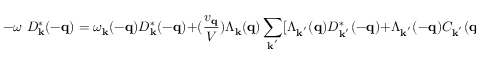
- \omega \mathrm { ~ } D _ { { \bf { k } } } ^ { * } ( - { \bf { q } } ) = \omega _ { { \bf { k } } } ( - { \bf { q } } ) D _ { { \bf { k } } } ^ { * } ( - { \bf { q } } ) + ( \frac { v _ { { \bf { q } } } } { V } ) \Lambda _ { { \bf { k } } } ( { \bf { q } } ) \sum _ { { \bf { k } } ^ { ' } } [ \Lambda _ { { \bf { k } } ^ { ' } } ( { \bf { q } } ) D _ { { \bf { k } } ^ { ' } } ^ { * } ( - { \bf { q } } ) + \Lambda _ { { \bf { k } } ^ { ' } } ( - { \bf { q } } ) C _ { { \bf { k } } ^ { ' } } ( { \bf { q } } ) ] + \Lambda _ { { \bf { k } } } ( { \bf { q } } )